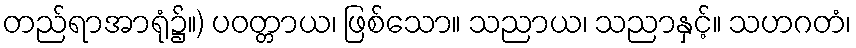
တည်ရာအာရုံ၌။) ပဝတ္တာယ၊ ဖြစ်သော။ သညာယ၊ သညာနှင့်။ သဟဂတံ၊